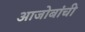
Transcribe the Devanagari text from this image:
आजोबांची